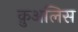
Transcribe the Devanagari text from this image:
क़ुअलिस